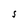
Character: S